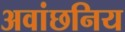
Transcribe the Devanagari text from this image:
अवांछनिय